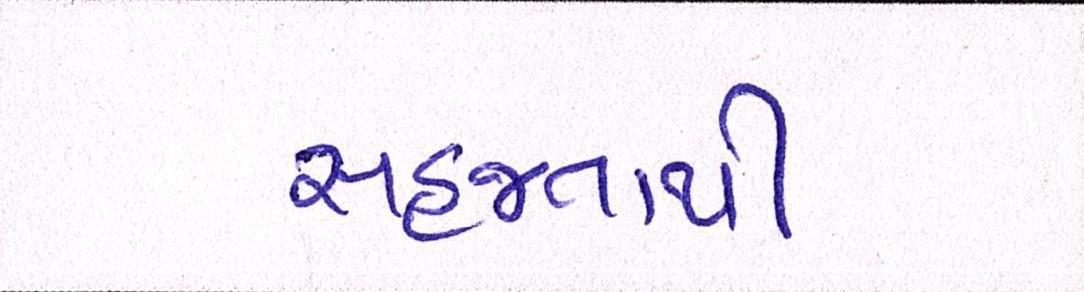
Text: સહજતાથી